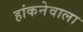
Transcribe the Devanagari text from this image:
हांकनेवाला